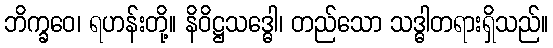
ဘိက္ခဝေ၊ ရဟန်းတို့။ နိဝိဋ္ဌသဒ္ဓေါ၊ တည်သော သဒ္ဓါတရားရှိသည်။